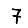
Digit: 7